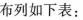
布列如下表：